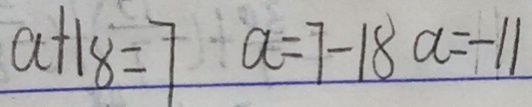
a + 1 8 = 7 a = 7 - 1 8 a = - 1 1